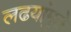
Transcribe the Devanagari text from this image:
लढयांमुळे